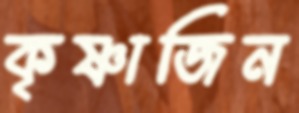
কৃষ্ণাজিন